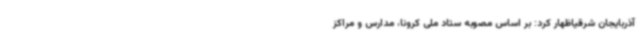
آذربایجان شرقیاظهار کرد: بر اساس مصوبه ستاد ملی کرونا، مدارس و مراکز